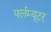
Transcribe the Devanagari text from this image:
पर्लम्यूटर